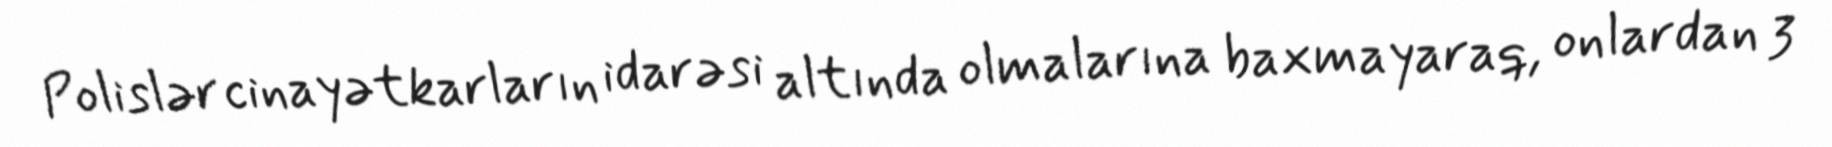
Polislər cinayətkarların idarəsi altında olmalarına baxmayaraq, onlardan 3